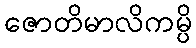
ဇောတိမာလိကမ္ပိ